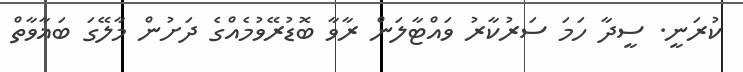
ކުރަނީ. ސީދާ ހަމަ ސަރުކާރު ވައްޓާލަން ރާވާ ބޮޑުރޭވުމެއްގެ ދަށުން މާލޭގަ ބަޣާވާތް